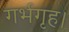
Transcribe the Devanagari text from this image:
गर्भगृह।